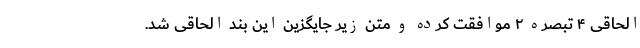
الحاقی ۴ تبصره ۲ موافقت کرده و متن زیر جایگزین این بند الحاقی شد.